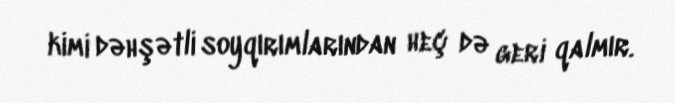
kimi dəhşətli soyqırımlarından heç də geri qalmır.